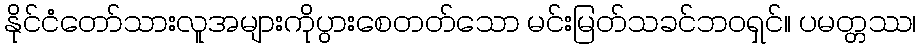
နိုင်ငံတော်သားလူအများကိုပွားစေတတ်သော မင်းမြတ်သခင်ဘဝရှင်။ ပမတ္တဿ၊